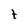
Character: t